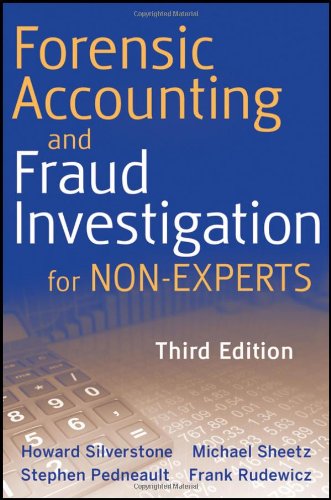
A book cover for Forensic Accounting and Fraud Investigation for Non-Experts; Stephen Pedneault; Business & Money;